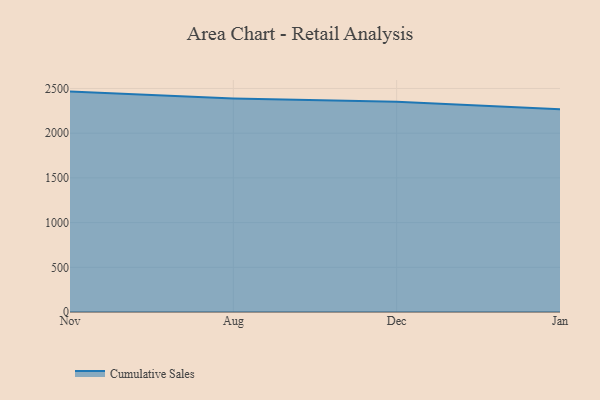
{"axis": {"x": "Month", "y": "Inventory Turnover"}, "legend": ["Cumulative Sales"], "data": [{"x": "Nov", "y": 2465.1, "type": "Cumulative Sales"}, {"x": "Aug", "y": 2388.3, "type": "Cumulative Sales"}, {"x": "Dec", "y": 2350.8, "type": "Cumulative Sales"}, {"x": "Jan", "y": 2267.6, "type": "Cumulative Sales"}]}